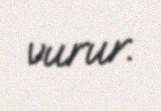
vurur.